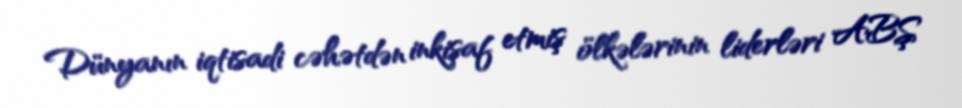
Dünyanın iqtisadi cəhətdən inkişaf etmiş ölkələrinin liderləri ABŞ